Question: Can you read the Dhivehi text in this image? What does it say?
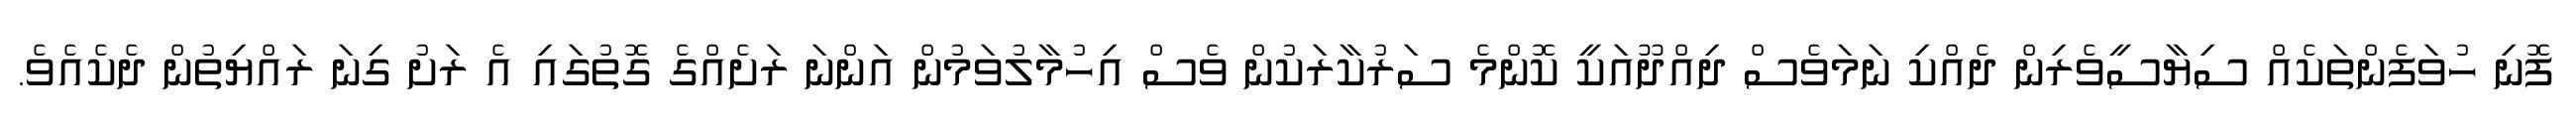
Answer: ފޮނި ހުވަފެންތަކެއް ސިޔާސީވެރިން ދެއްކި ނަމަވެސް ދިއްދޫއަކީ ކޮންމެ ސަރުކާރަކުން ވެސް އިހުމާލުވަމުން އަންނަ ރަށެއްގެ ގޮތުގައި އެ ރަށު ގިނަ ރައްޔިތުން ދެކެއެވެ.